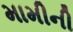
મામીની